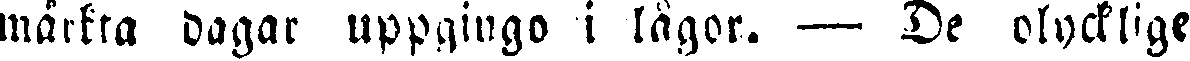
märkta dagar uppgingo i lågor. — De olycklige